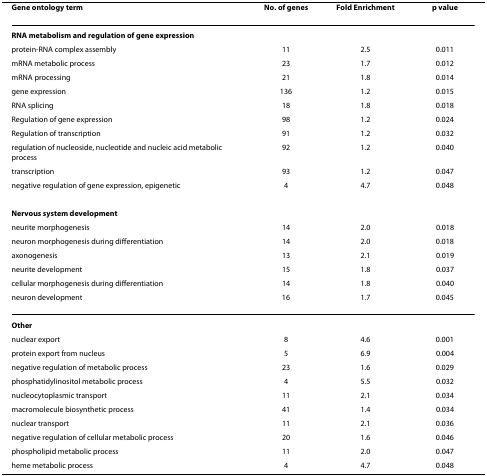
| Gene ontology term | No. of genes | Fold Enrichment | p value |
 | --- | --- | --- | --- |
 | RNA metabolism and regulation of gene expression |  |  |  |
 | protein-RNA complex assembly | 11 | 2.5 | 0.011 |
 | mRNA metabolic process | 23 | 1.7 | 0.012 |
 | mRNA processing | 21 | 1.8 | 0.014 |
 | gene expression | 136 | 1.2 | 0.015 |
 | RNA splicing | 18 | 1.8 | 0.018 |
 | Regulation of gene expression | 98 | 1.2 | 0.024 |
 | Regulation of transcription | 91 | 1.2 | 0.032 |
 | regulation of nucleoside, nucleotide and nucleic acid metabolic process | 92 | 1.2 | 0.040 |
 | transcription | 93 | 1.2 | 0.047 |
 | negative regulation of gene expression, epigenetic | 4 | 4.7 | 0.048 |
 | Nervous system development |  |  |  |
 | neurite morphogenesis | 14 | 2.0 | 0.018 |
 | neuron morphogenesis during differentiation | 14 | 2.0 | 0.018 |
 | axonogenesis | 13 | 2.1 | 0.019 |
 | neurite development | 15 | 1.8 | 0.037 |
 | cellular morphogenesis during differentiation | 14 | 1.8 | 0.040 |
 | neuron development | 16 | 1.7 | 0.045 |
 | Other |  |  |  |
 | nuclear export | 8 | 4.6 | 0.001 |
 | protein export from nucleus | 5 | 6.9 | 0.004 |
 | negative regulation of metabolic process | 23 | 1.6 | 0.029 |
 | phosphatidylinositol metabolic process | 4 | 5.5 | 0.032 |
 | nucleocytoplasmic transport | 11 | 2.1 | 0.034 |
 | macromolecule biosynthetic process | 41 | 1.4 | 0.034 |
 | nuclear transport | 11 | 2.1 | 0.036 |
 | negative regulation of cellular metabolic process | 20 | 1.6 | 0.046 |
 | phospholipid metabolic process | 11 | 2.0 | 0.047 |
 | heme metabolic process | 4 | 4.7 | 0.048 |